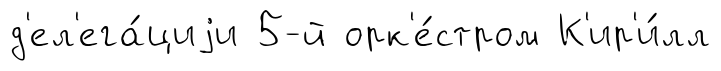
д'ел'ега́циjи 5-й орк'е́стром К'ир'и́лл